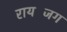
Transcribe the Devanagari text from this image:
रायजिंग